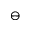
\ominus